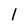
Character: l